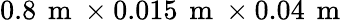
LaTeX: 0.8\, \mathrm{~m~}\times 0.015\, \mathrm{~m~}\times 0.04\, \mathrm{~m~}